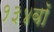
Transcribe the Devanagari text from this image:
१३४वॉ